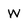
Character: W